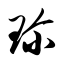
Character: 珍